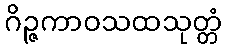
ဂိဉ္ဇကာဝသထသုတ္တံ